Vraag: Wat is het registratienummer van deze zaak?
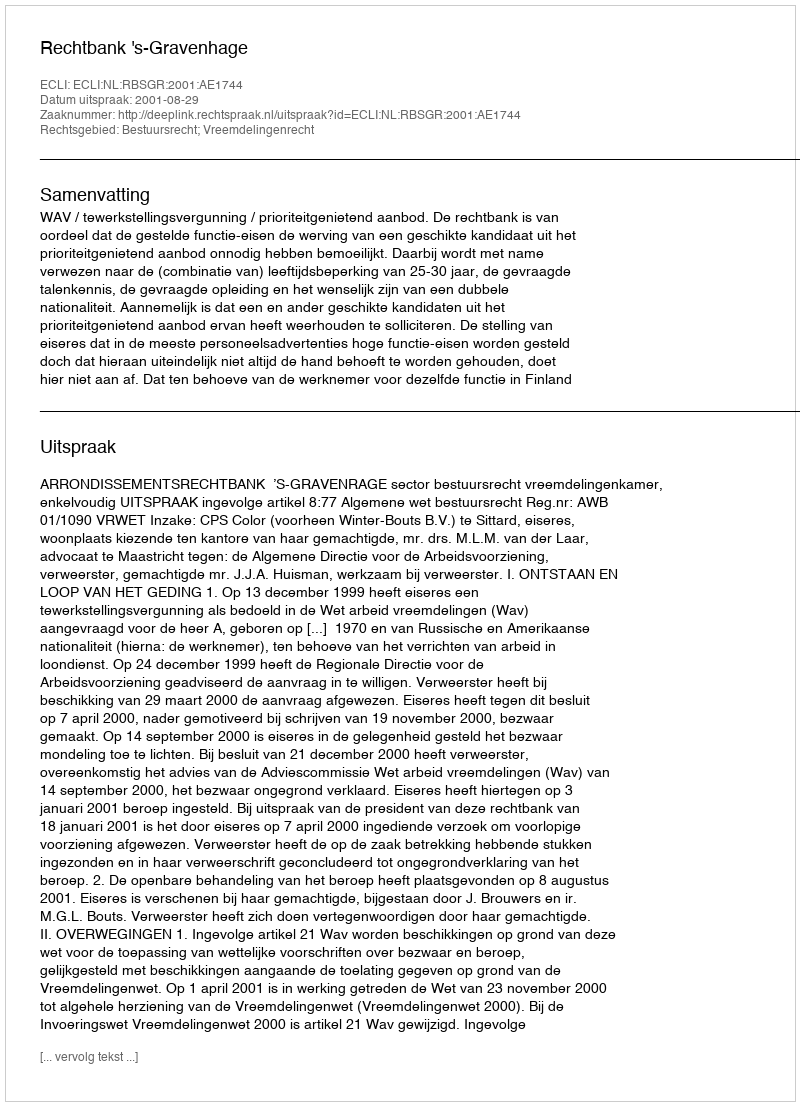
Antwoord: http://deeplink.rechtspraak.nl/uitspraak?id=ECLI:NL:RBSGR:2001:AE1744